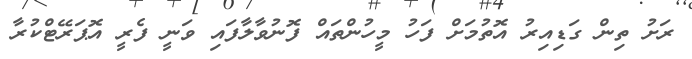
ރަށު ތިން ގަޑިއިރު އޮތުމަށް ފަހު މީހުންތައް ފޮނުވާލާފައި ވަނީ ފެރީ އޮޕަރޭޓްކުރާ